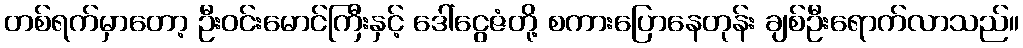
တစ်ရက်မှာတော့ ဦးဝင်းမောင်ကြီးနှင့် ဒေါ်ငွေဇံတို့ စကားပြောနေတုန်း ချစ်ဦးရောက်လာသည်။